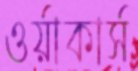
ওর্য়াকার্স